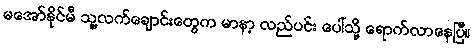
မအော်နိုင်မီ သူ့လက်ချောင်းတွေက မာနာ့ လည်ပင်း ပေါ်သို့ ရောက်လာနေပြီ။